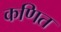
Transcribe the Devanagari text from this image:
कणित